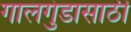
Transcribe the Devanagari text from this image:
गालगुंडासाठी